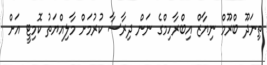
ތިނަދޫ ބްރޫމް ނިޔާޒް އިބްރާހިމްގެ ނަން ދިރާސާ ކުރުމަށް މާލިއްޔަތު ކޮމިޓީ އަށް